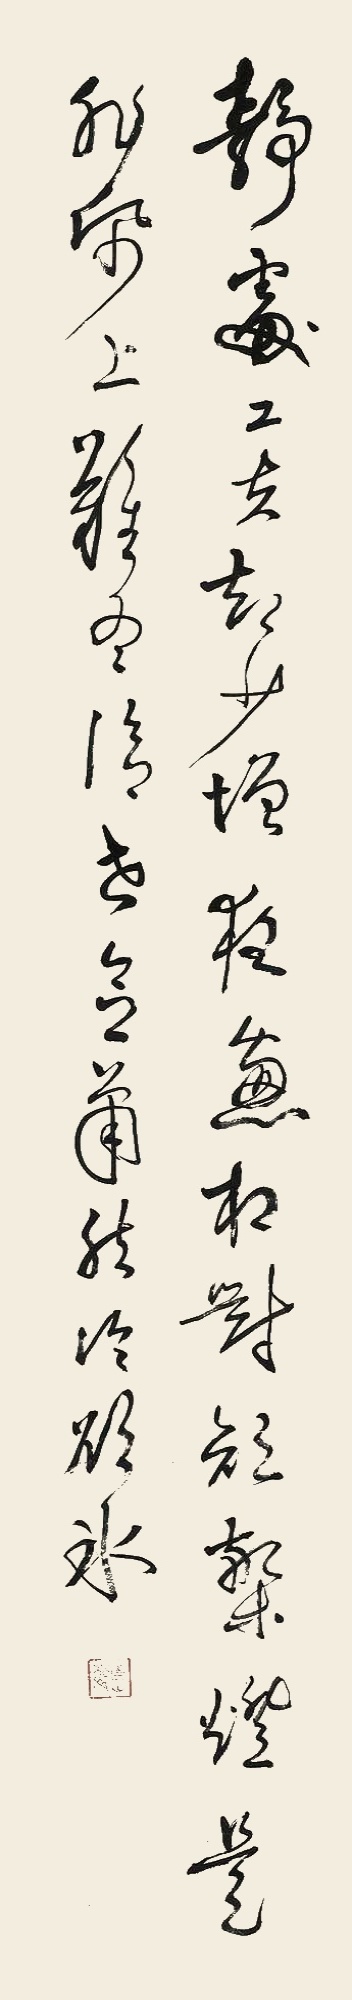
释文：静处工夫却少增，夜窗相对短檠灯。是非纸上难尽信，世念萧然冷欲冰。青山麓（朱）